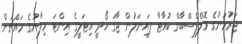
ޖަރުމަނުގެ ވޮލްފްސްބާގް ކުއާޓާ ފައިނަލުން ޖާގަ ހޯދީ އިޓަލީގެ އިންޓަ މިލާނުގެ މައްޗަށް